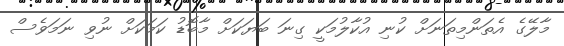
މާލޭގެ އެތަންމިތަނަށް ކުނި އުކާލުމަކީ ގިނަ ބަޔަކަށް މާބޮޑު ކަމަކަށް ނުވި ނަމަވެސް